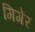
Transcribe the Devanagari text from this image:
गिगेर